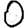
Digit: 0